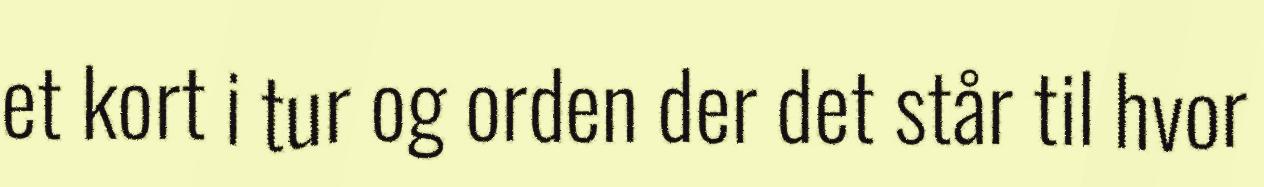
et kort i tur og orden der det står til hvor